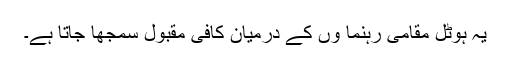
یہ ہوٹل مقامی رہنما ؤں کے درمیان کافی مقبول سمجھا جاتا ہے۔